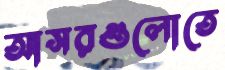
আসরগুলোতে